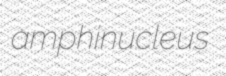
amphinucleus